Malaria in the Duars
Disease focus: Malaria
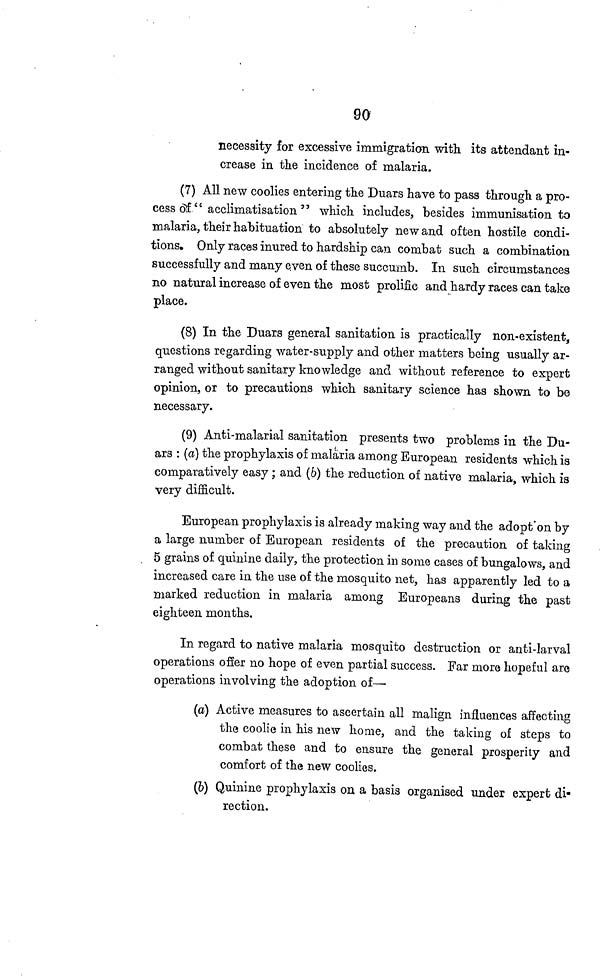
90
necessity for excessive immigration with its attendant in-
crease in the incidence of malaria.
(7) All new coolies entering the Duars have to pass through a pro-
cess of " acclimatisation " which includes, besides immunisation to
malaria, their ha bituation to absolutely new and often hostile condi-
tions. Only races inured to hardship can combat such a combination
successfully and many even of these succumb. In such circumstances
no natural increase of even the most prolific and hardy races can take
place.
(8) In the Duars general sanitation is practically non-existent,
questions regarding water-supply and other matters being usually ar-
ranged without sanitary knowledge and without reference to expert
opinion, or to precautions which sanitary science has shown to be
necessary.
(9) Anti-malarial sanitation presents two problems in the Du-
ars : (a) the prophylaxis of malaria among European residents which is
comparatively easy ; and (6) the reduction of native malaria, which is
very difficult.
European prophylaxis is already making way and the adopt on by
a large number of European residents of the precaution of taking
5 grains of quinine daily, the protection in some cases of bungalows, and
increased care in the use of the mosquito net, has apparently led to a
marked reduction in malaria among Europeans during the past
eighteen months.
In regard to native malaria mosquito destruction or anti-larval
operations offer no hope of even partial success. Far more hopeful are
operations involving the adoption of—
(a) Active measures to ascertain all malign influences affecting
the coolie in his new home, and the taking of steps to
combat these and to ensure the general prosperity and
comfort of the new coolies.
(6) Quinine prophylaxis on a basis organised under expert di-
rection.